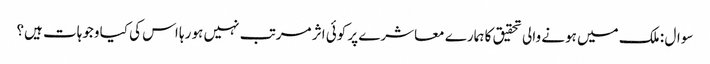
سوال : ملک میں ہونے والی تحقیق کا ہمارے معاشرے پر کوئی اثر مرتب نہیں ہو رہا اس کی کیا وجوہات ہیں؟